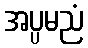
အပ္ပမညံ